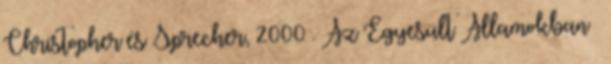
Christopher és Sprecher, 2000 . Az Egyesült Államokban –